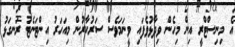
އެ މިނިސްޓްރީ އިން މިހެން ވިދާޅުވެފައި ވީނަމަވެސް ސަރުކާރުން މިއަހަރު އިންޓަނެޓު ރަނގަޅު